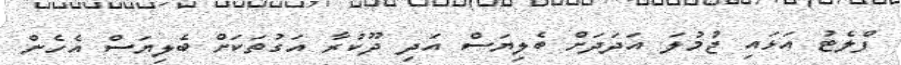
ފްލެޓު އަޅައި ޖުމުލަ އަދަދަށް ބެލިޔަސް އަދި ދޫކުރާ އަގުތަކަށް ބެލިޔަސް އެހެން